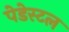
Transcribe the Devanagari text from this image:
पेडेस्टल